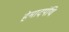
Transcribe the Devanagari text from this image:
हेमादपंथि